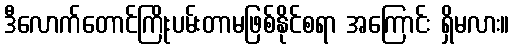
ဒီလောက်တောင်ကြိုးပမ်းတာမဖြစ်နိုင်စရာ အကြောင်း ရှိမလား။